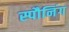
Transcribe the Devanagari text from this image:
स्पौनिंग